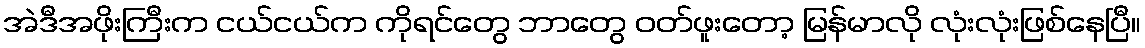
အဲဒီအဖိုးကြီးက ငယ်ငယ်က ကိုရင်တွေ ဘာတွေ ဝတ်ဖူးတော့ မြန်မာလို လုံးလုံးဖြစ်နေပြီ။